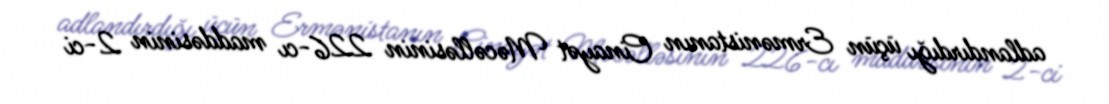
adlandırdığı üçün Ermənistanın Cinayət Məcəlləsinin 226-cı maddəsinin 2-ci